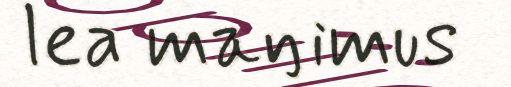
lea maŋimus